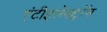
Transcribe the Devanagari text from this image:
एंटीइलेक्ट्रॉन